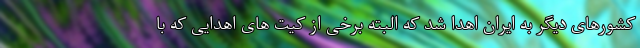
کشورهای دیگر به ایران اهدا شد که البته برخی از کیت های اهدایی که با